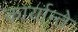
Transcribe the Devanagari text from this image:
कार्यान्ते